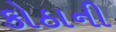
કોઠાની